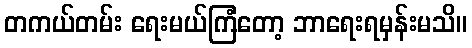
တကယ်တမ်း ရေးမယ်ကြံတော့ ဘာရေးရမှန်းမသိ။